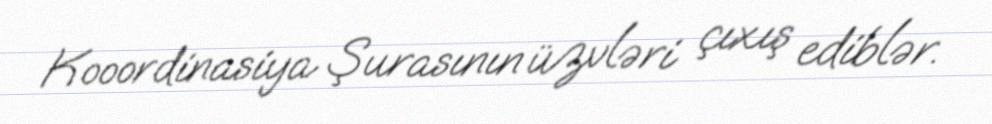
Kooordinasiya Şurasının üzvləri çıxış ediblər.